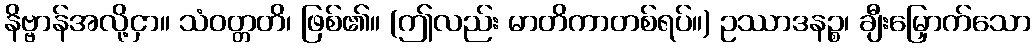
နိဗ္ဗာန်အလို့ငှာ။ သံဝတ္တတိ၊ ဖြစ်၏။ (ဤလည်း မာတိကာတစ်ရပ်။) ဥဿာဒနဉ္စ၊ ချီးမြှောက်သော